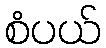
စံပယ်